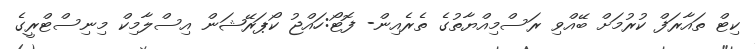
ކިޓް ތައާރަފް ކުރުމަށް ބޭއްވި ރަސްމިއްޔާތުގެ ތެރެއިން- ފޮޓޯ:ހައްޖު ކޯޕަރޭޝަން އިސްލާމިކް މިނިސްޓްރީގެ